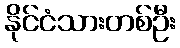
နိုင်ငံသားတစ်ဦး